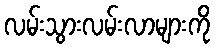
လမ်းသွားလမ်းလာများကို